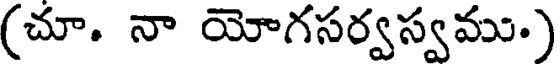
(చూ. నా యోగసర్వస్వము.)